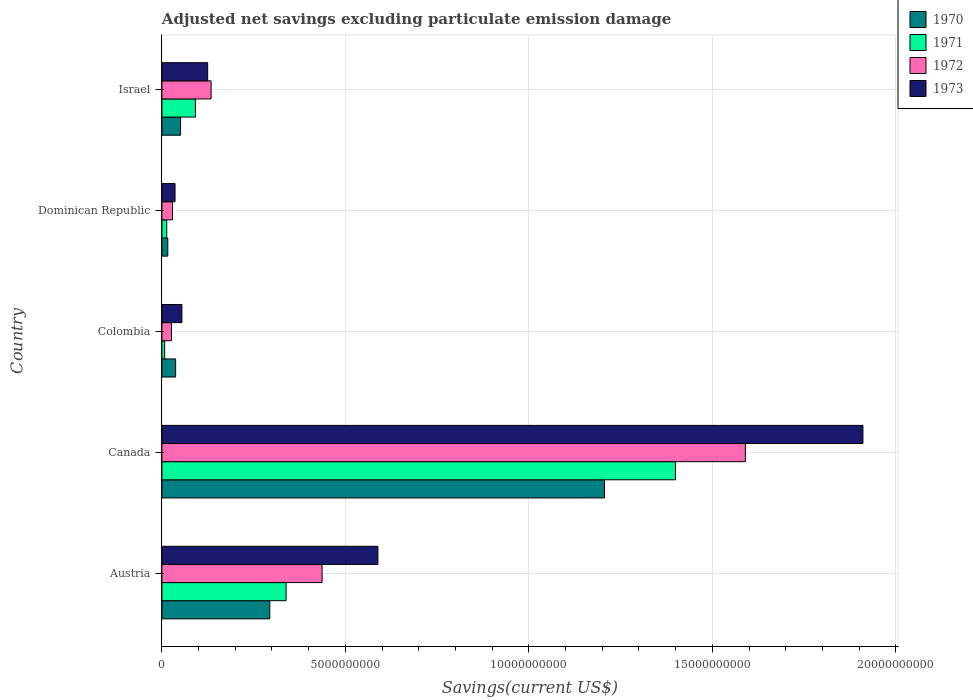
| Country | 1970 | 1971 | 1972 | 1973 |
 | --- | --- | --- | --- | --- |
 | Austria | 2.94e+09 | 3.38e+09 | 4.37e+09 | 5.89e+09 |
 | Canada | 1.21e+10 | 1.4e+10 | 1.59e+10 | 1.91e+10 |
 | Colombia | 3.74e+08 | 7.46e+07 | 2.6e+08 | 5.45e+08 |
 | Dominican Republic | 1.61e+08 | 1.32e+08 | 2.89e+08 | 3.58e+08 |
 | Israel | 5.08e+08 | 9.14e+08 | 1.34e+09 | 1.25e+09 |